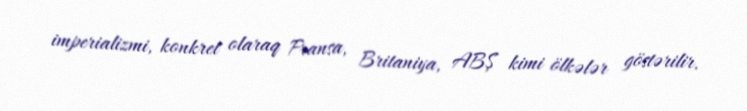
imperializmi, konkret olaraq Fransa, Britaniya, ABŞ kimi ölkələr göstərilir.